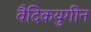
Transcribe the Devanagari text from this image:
वैदिकयुगीन